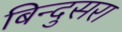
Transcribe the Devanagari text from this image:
बिन्दुसरा